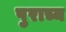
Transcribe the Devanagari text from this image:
पुराच्य